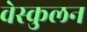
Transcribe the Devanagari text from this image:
वेस्कुलन